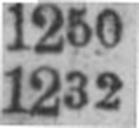
1232